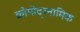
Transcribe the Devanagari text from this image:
क्रोमोद्य्नामिक